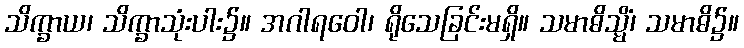
သိက္ခာယ၊ သိက္ခာသုံးပါး၌။ အဂါရဝေါ၊ ရိုသေခြင်းမရှိ။ သမာဓိသ္မိံ၊ သမာဓိ၌။